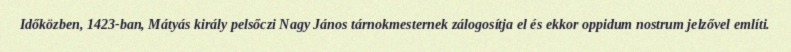
Időközben, 1423-ban, Mátyás király pelsőczi Nagy János tárnokmesternek zálogosítja el és ekkor oppidum nostrum jelzővel említi.